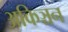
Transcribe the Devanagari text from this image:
अकिञ्चन